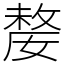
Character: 嫠